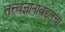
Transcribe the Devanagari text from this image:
तत्त्वज्ञानाबद्दलचा